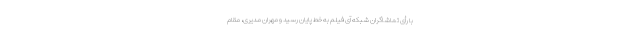
با رأی تماشاگران شبکه آی فیلم به خط پایان رسید و مهران مدیری، مقام